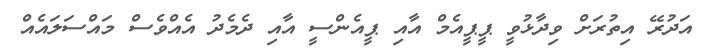
އަދުރޭ އިތުރަށް ވިދާޅުވީ ޕީޕީއެމް އާއި ޕީއެންސީ އާއި ދެމެދު އެއްވެސް މައްސަލައެއް